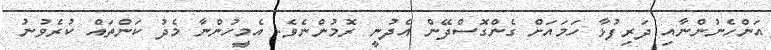
އަންހެނުންނާއި ދަރިފުޅާ ހަމައަށް ގެންގޮސްދޭން އެދުނީ ރޮމުންނެވެ. އެމީހުންނާ މެދު ކަންތައް ކުރެވުނު